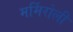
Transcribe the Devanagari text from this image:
मर्मिरोली